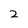
Character: 2